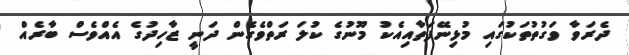
ދެރަވާ ވަގުތުތަކުގައި މުޅިނޭފަތާއިއެކު މޫނުގެ ކުލަ ރަތްވެގެން ދަނީ ޒާހިދުގެ އެއްވެސް ބާރެއް